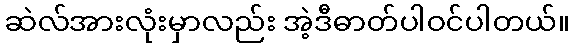
ဆဲလ်အားလုံးမှာလည်း အဲ့ဒီဓာတ်ပါဝင်ပါတယ်။